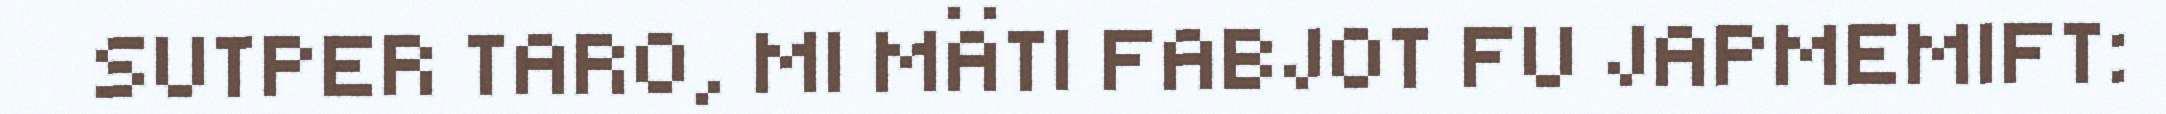
SUTPER TARO, MI MÄTI FABJOT FU JAPMEMIFT: